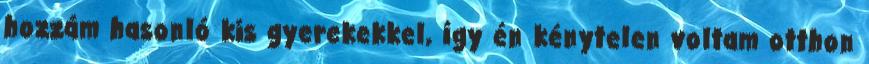
hozzám hasonló kis gyerekekkel, így én kénytelen voltam otthon